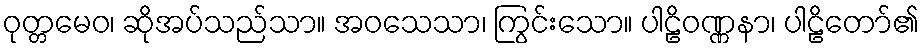
ဝုတ္တမေဝ၊ ဆိုအပ်သည်သာ။ အဝသေသာ၊ ကြွင်းသော။ ပါဠိဝဏ္ဏနာ၊ ပါဠိတော်၏